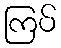
ကြပ်